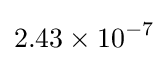
2.43\times 10^{-7}